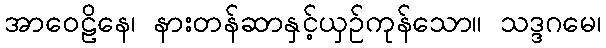
အာဝေဠိနေ၊ နားတန်ဆာနှင့်ယှဉ်ကုန်သော။ သဒ္ဒဂမေ၊